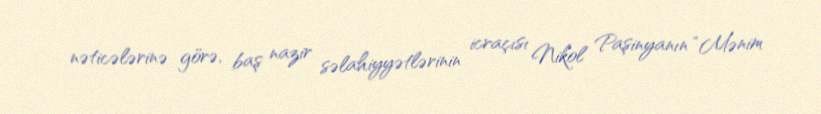
nəticələrinə görə, baş nazir səlahiyyətlərinin icraçısı Nikol Paşinyanın “Mənim